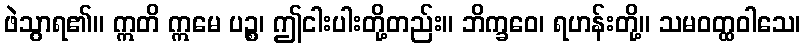
ဖဲသွာရ၏။ ဣတိ ဣမေ ပဉ္စ၊ ဤငါးပါးတို့တည်း။ ဘိက္ခဝေ၊ ရဟန်းတို့။ သမဝတ္ထဝါသေ၊